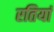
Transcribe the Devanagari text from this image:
रतियां